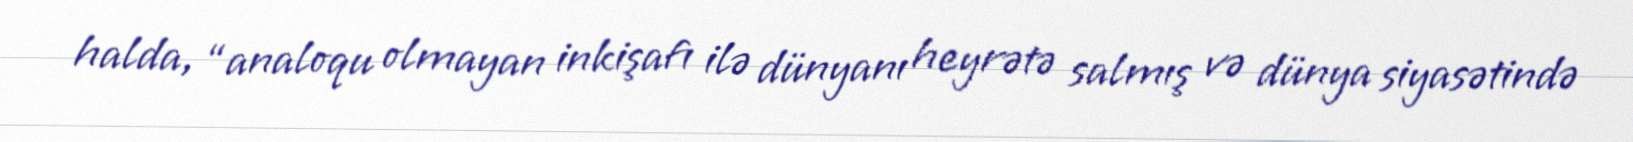
halda, “analoqu olmayan inkişafı ilə dünyanı heyrətə salmış və dünya siyasətində